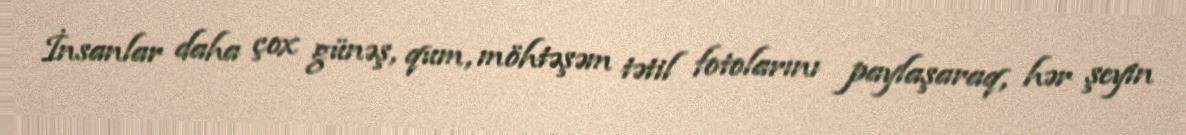
İnsanlar daha çox günəş, qum, möhtəşəm tətil fotolarını paylaşaraq, hər şeyin